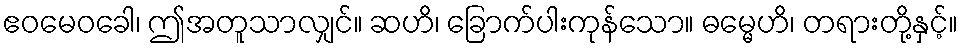
ဧဝမေဝခေါ၊ ဤအတူသာလျှင်။ ဆဟိ၊ ခြောက်ပါးကုန်သော။ ဓမ္မေဟိ၊ တရားတို့နှင့်။